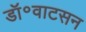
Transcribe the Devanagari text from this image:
डॉ॰वाटसन